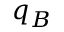
q _ { B }